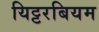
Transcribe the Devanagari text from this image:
यिट्टरबियम